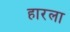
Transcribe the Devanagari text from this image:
हारला